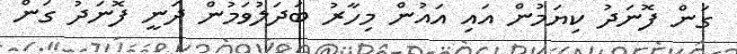
ގަން ފޮނަދު ކިޔަމުން އައި އައުން މިހާރު ބަދަލުވަމުން ދަނީ ފޮނަދު ގަން